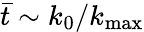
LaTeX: \bar{t}\sim k_{0}/k_{\operatorname*{max}}